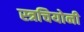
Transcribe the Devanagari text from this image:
स्त्रचियोनी